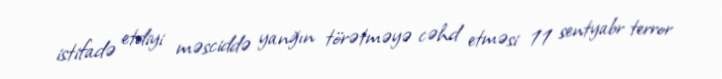
istifadə etdiyi məsciddə yanğın törətməyə cəhd etməsi 11 sentyabr terror